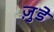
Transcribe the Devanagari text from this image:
जु़डे